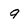
Character: 9